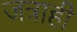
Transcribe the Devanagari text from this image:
जत्राही